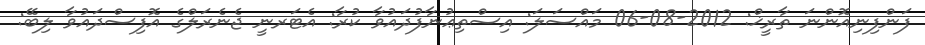
ފަންފިނިއޮންނަ ތާރީޚް: 2012-08-06 މައްސަލަ: އިސްތިޢުނާފުދައުވާ ކުރާ: އެޓަރނީ ޖެނެރަލްގެ އޮފިސްދައުވާ ލިބޭ: